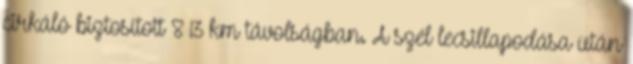
cirkáló biztosított 8–13 km távolságban. A szél lecsillapodása után